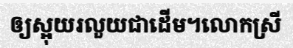
ឲ្យស្អុយរលួយជាដើម។លោកស្រី